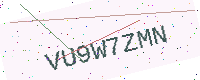
Text: VU9W7ZMN